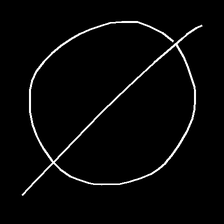
Glyph: orb